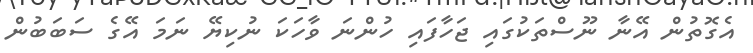
އެގޮތުން އޭނާ ނޫސްތަކުގައި ޖަހާފައި ހުންނަ ވާހަކަ ނުކިޔޭ ނަމަ އޭގެ ސަބަބުން